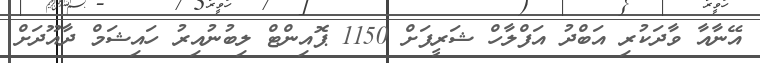
އޭނާއާ ވާދަކުރި އަބްދު އަފްލާހް ޝަރީފަށް 1150 ޕޮއިންޓް ލިބުނުއިރު ހައިޝަމް ދާއޫދަށް